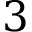
3